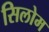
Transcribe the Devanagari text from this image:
सिलोम